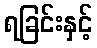
ရခြင်းနှင့်